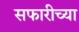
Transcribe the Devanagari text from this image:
सफारीच्या